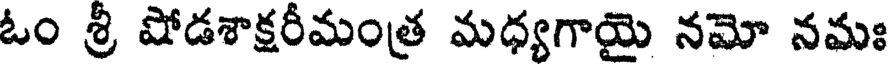
ఓం శ్రీ షోడశాక్షరీమంత్ర మధ్యగాయై నమో నమః